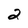
Character: 2